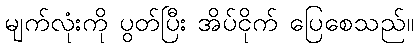
မျက်လုံးကို ပွတ်ပြီး အိပ်ငိုက် ပြေစေသည်။